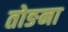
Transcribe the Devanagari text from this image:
तोङना